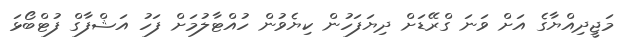
މަޖީދިއްޔާގެ އަށް ވަނަ ގްރޭޑަށް ދިޔަފަހުން ކިޔެވުން ހުއްޓާލުމަށް ފަހު އަޝްފާގް ފުޓްބޯޅަ